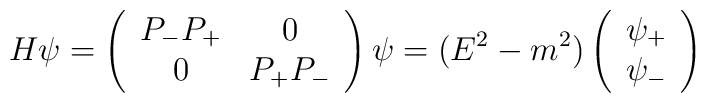
H\psi=\left(\begin{array}{cc}P_-P_+ & 0\\0 & P_+P_-\end{array}\right)\psi = (E^2-m^2)\left(\begin{array}{c}\psi_+ \\\psi_-\end{array}\right)